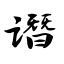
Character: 谮